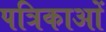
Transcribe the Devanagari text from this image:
पत्रिकाआें